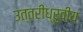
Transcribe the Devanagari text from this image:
उत्तरीध्रुवीय